Annual report of the Punjab Veterinary College and of the Civil Veterinary Department, Punjab - 1926-1932
Year: 1926
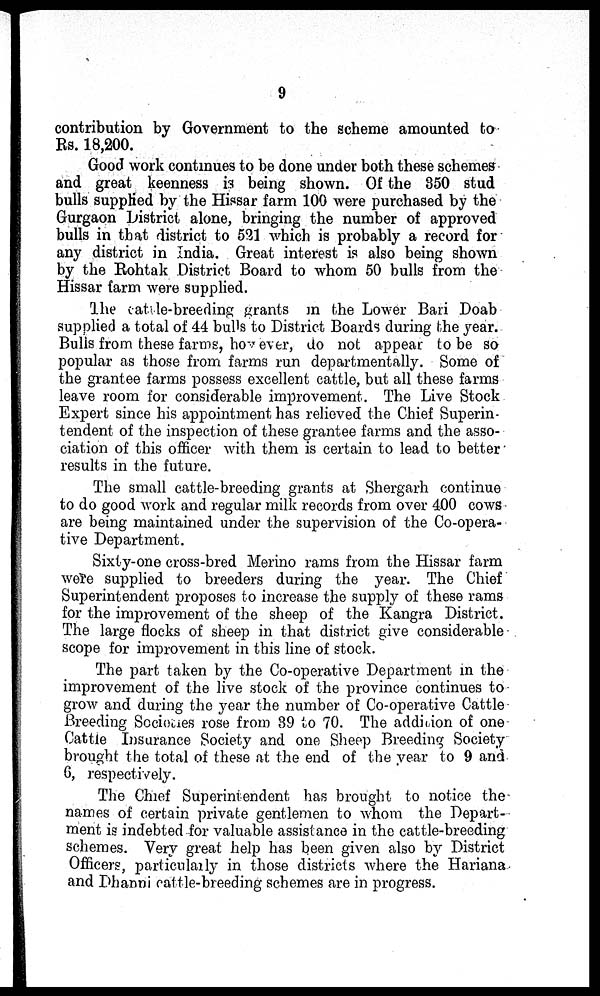
9
contribution by Government to the scheme amounted to
Rs. 18,200.
Good work continues to be done under both these schemes
and great keenness is being shown. Of the 350 stud
bulls supplied by the Hissar farm 100 were purchased by the
Gurgaon District alone, bringing the number of approved
bulls in that district to 521 which is probably a record for
any district in India. Great interest is also being shown
by the Rohtak District Board to whom 50 bulls from the
Hissar farm were supplied.
The cattle-breeding grants m the Lower Bari Doab
supplied a total of 44 bulls to District Boards during the year.
Bulls from these farms, however, do not appear to be so
popular as those from farms run departmentally. Some of
the grantee farms possess excellent cattle, but all these farms
leave room for considerable improvement. The Live Stock
Expert since his appointment has relieved the Chief Superin-
tendent of the inspection of these grantee farms and the asso-
ciation of this officer with them is certain to lead to better
results in the future.
The small cattle-breeding grants at Shergarh continue
to do good work and regular milk records from over 400 cows
are being maintained under the supervision of the Co-opera-
tive Department.
Sixty-one cross-bred Merino rams from the Hissar farm
were supplied to breeders during the year. The Chief
Superintendent proposes to increase the supply of these rams
for the improvement of the sheep of the Kangra District.
The large flocks of sheep in that district give considerable
scope for improvement in this line of stock.
The part taken by the Co-operative Department in the
improvement of the live stock of the province continues to
grow and during the year the number of Co-operative Cattle
Breeding Societies rose from 39 to 70. The addition of one
Cattle Insurance Society and one Sheep Breeding Society
brought the total of these at the end of the year to 9 and
6, respectively.
The Chief Superintendent has brought to notice the
names of certain private gentlemen to whom the Depart-
ment is indebted for valuable assistance in the cattle-breeding
schemes. Very great help has been given also by District
Officers, particularly in those districts where the Hariana
and Dhanni cattle-breeding schemes are in progress.